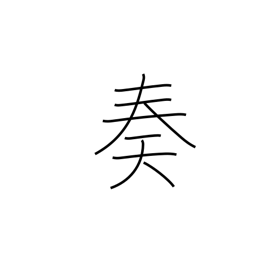
Meaning: complete